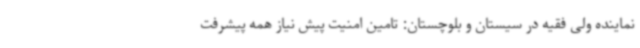
نماینده ولی فقیه در سیستان و بلوچستان: تامین امنیت پیش نیاز همه پیشرفت